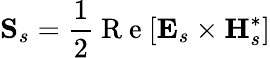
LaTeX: \mathbf{S}_{s}=\frac{1}{2}\mathrm{~R~e~}[\mathbf{E}_{s}\times\mathbf{H}_{s}^{*}]